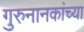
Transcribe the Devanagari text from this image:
गुरुनानकांच्या